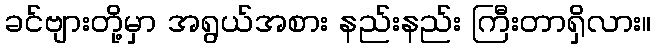
ခင်ဗျားတို့မှာ အရွယ်အစား နည်းနည်း ကြီးတာရှိလား။